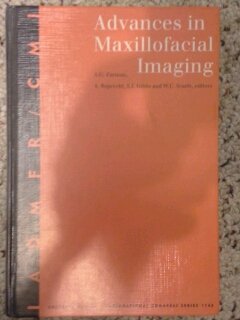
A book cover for Advances in Maxillofacial Imaging: 11th Icdr Congress Louisville, KY June 21-27, 1997 (International Congress Series); Allan Farman; Medical Books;